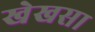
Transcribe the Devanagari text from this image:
खेखसा